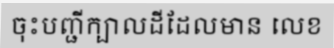
ចុះបញ្ជីក្បាលដីដែលមាន លេខ